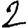
Digit: 2